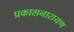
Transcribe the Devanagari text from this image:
प्रकाशनारायण